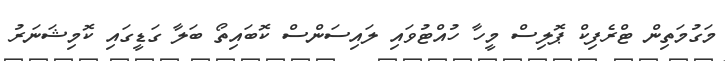
މަގުމަތިން ޓްރެފިކް ޕޮލިސް މީހާ ހުއްޓުވައި ލައިސަންސް ކޮބައިތޯ ބަލާ ގަޑީގައި ކޮމިޝަނަރު